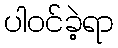
ပါဝင်ခဲ့ရာ